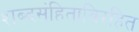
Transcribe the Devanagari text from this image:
शब्दसंहिताविरहित